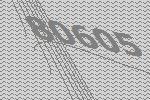
80605